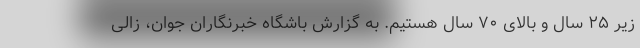
زیر ۲۵ سال و بالای ۷۰ سال هستیم. به گزارش باشگاه خبرنگاران جوان، زالی